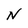
Character: N